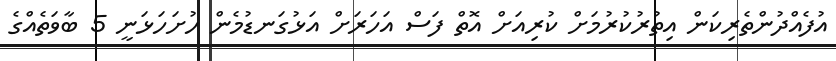
އުފެއްދުންތެރިކަން އިތުރުކުރުމަށް ކުރިއަށް އޮތް ފަސް އަހަރަށް އަޅުގަނޑުމެން ހުށަހަޅަނީ 5 ބާވަތެއްގެ